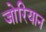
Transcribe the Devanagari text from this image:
जोरियान